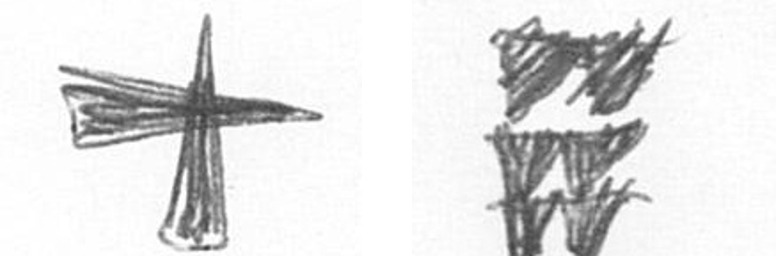
G Y